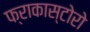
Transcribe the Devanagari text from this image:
फ्राकास्टोरो